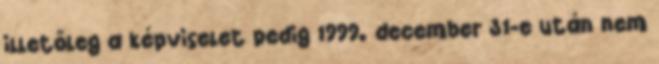
illetőleg a képviselet pedig 1999. december 31-e után nem